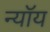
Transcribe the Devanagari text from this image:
न्यॉय